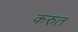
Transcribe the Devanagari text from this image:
करुत